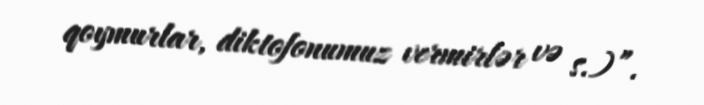
qoymurlar, diktofonumuz vermirlər və s.)”.